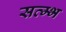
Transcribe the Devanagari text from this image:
सत्म्भ